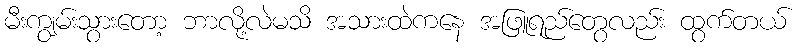
မီးကျွမ်းသွားတော့ ဘာလို့လဲမသိ အသားထဲကနေ အဖြူရည်တွေလည်း ထွက်တယ်